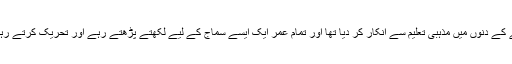
شاید یہ بات سچ بھی ہے کہ خود کیفی نے پڑھنے کے دنوں میں مذہبی تعلیم سے انکار کر دیا تھا اور تمام عمر ایک ایسے سماج کے لیے لکھتے پڑھتے رہے اور تحریک کرتے رہے جس میں انسان کی برابری سب سے اوپر تھی۔